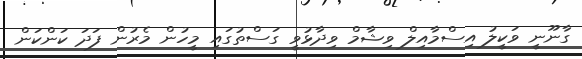
ގާނޫނީ ވަކީލު އިސްމާއިލް ވިޝާމް ވިދާޅުވީ ގަސްތުގައި މީހުން މެރުން ފަދަ ކަންކަން